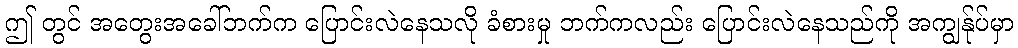
ဤ တွင် အတွေးအခေါ်ဘက်က ပြောင်းလဲနေသလို ခံစားမှု ဘက်ကလည်း ပြောင်းလဲနေသည်ကို အကျွန်ုပ်မှာ